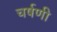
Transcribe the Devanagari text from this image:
चर्षणी